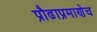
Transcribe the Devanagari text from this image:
प्रौढाप्रमाणेच